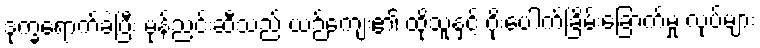
ဒုက္ခရောက်ခဲ့ပြီး မုန်ညင်းဆီသည် ယဉ်ကျေး၏ ထိုသူနှင့် ဂိုးပေါက်ခြိမ်းခြောက်မှု လုပ်များ